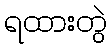
ရထားတွဲ